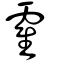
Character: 霍